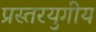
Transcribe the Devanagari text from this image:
प्रस्तरयुगीय